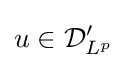
u\in {\mathcal {D}}'_{L^{p}}